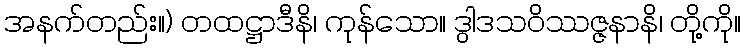
အနက်တည်း။) တထဋ္ဌာဒီနိ၊ ကုန်သော။ ဒွါဒသဝိဿဇ္ဇနာနိ၊ တို့ကို။